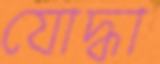
যোদ্ধা